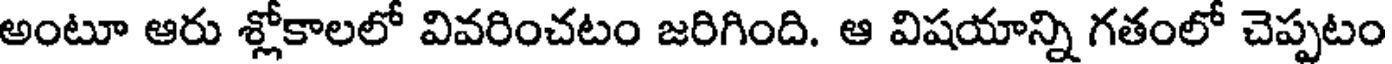
అంటూ ఆరు శ్లోకాలలో వివరించటం జరిగింది. ఆ విషయాన్ని గతంలో చెప్పటం